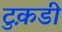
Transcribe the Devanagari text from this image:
टुक़डी